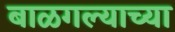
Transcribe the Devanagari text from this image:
बाळगल्याच्या